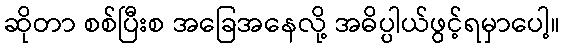
ဆိုတာ စစ်ပြီးစ အခြေအနေလို့ အဓိပ္ပါယ်ဖွင့်ရမှာပေါ့။